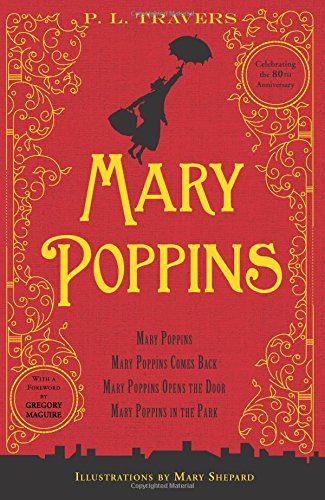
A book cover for Mary Poppins: 80th Anniversary Collection; Dr. P. L. Travers; Children's Books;